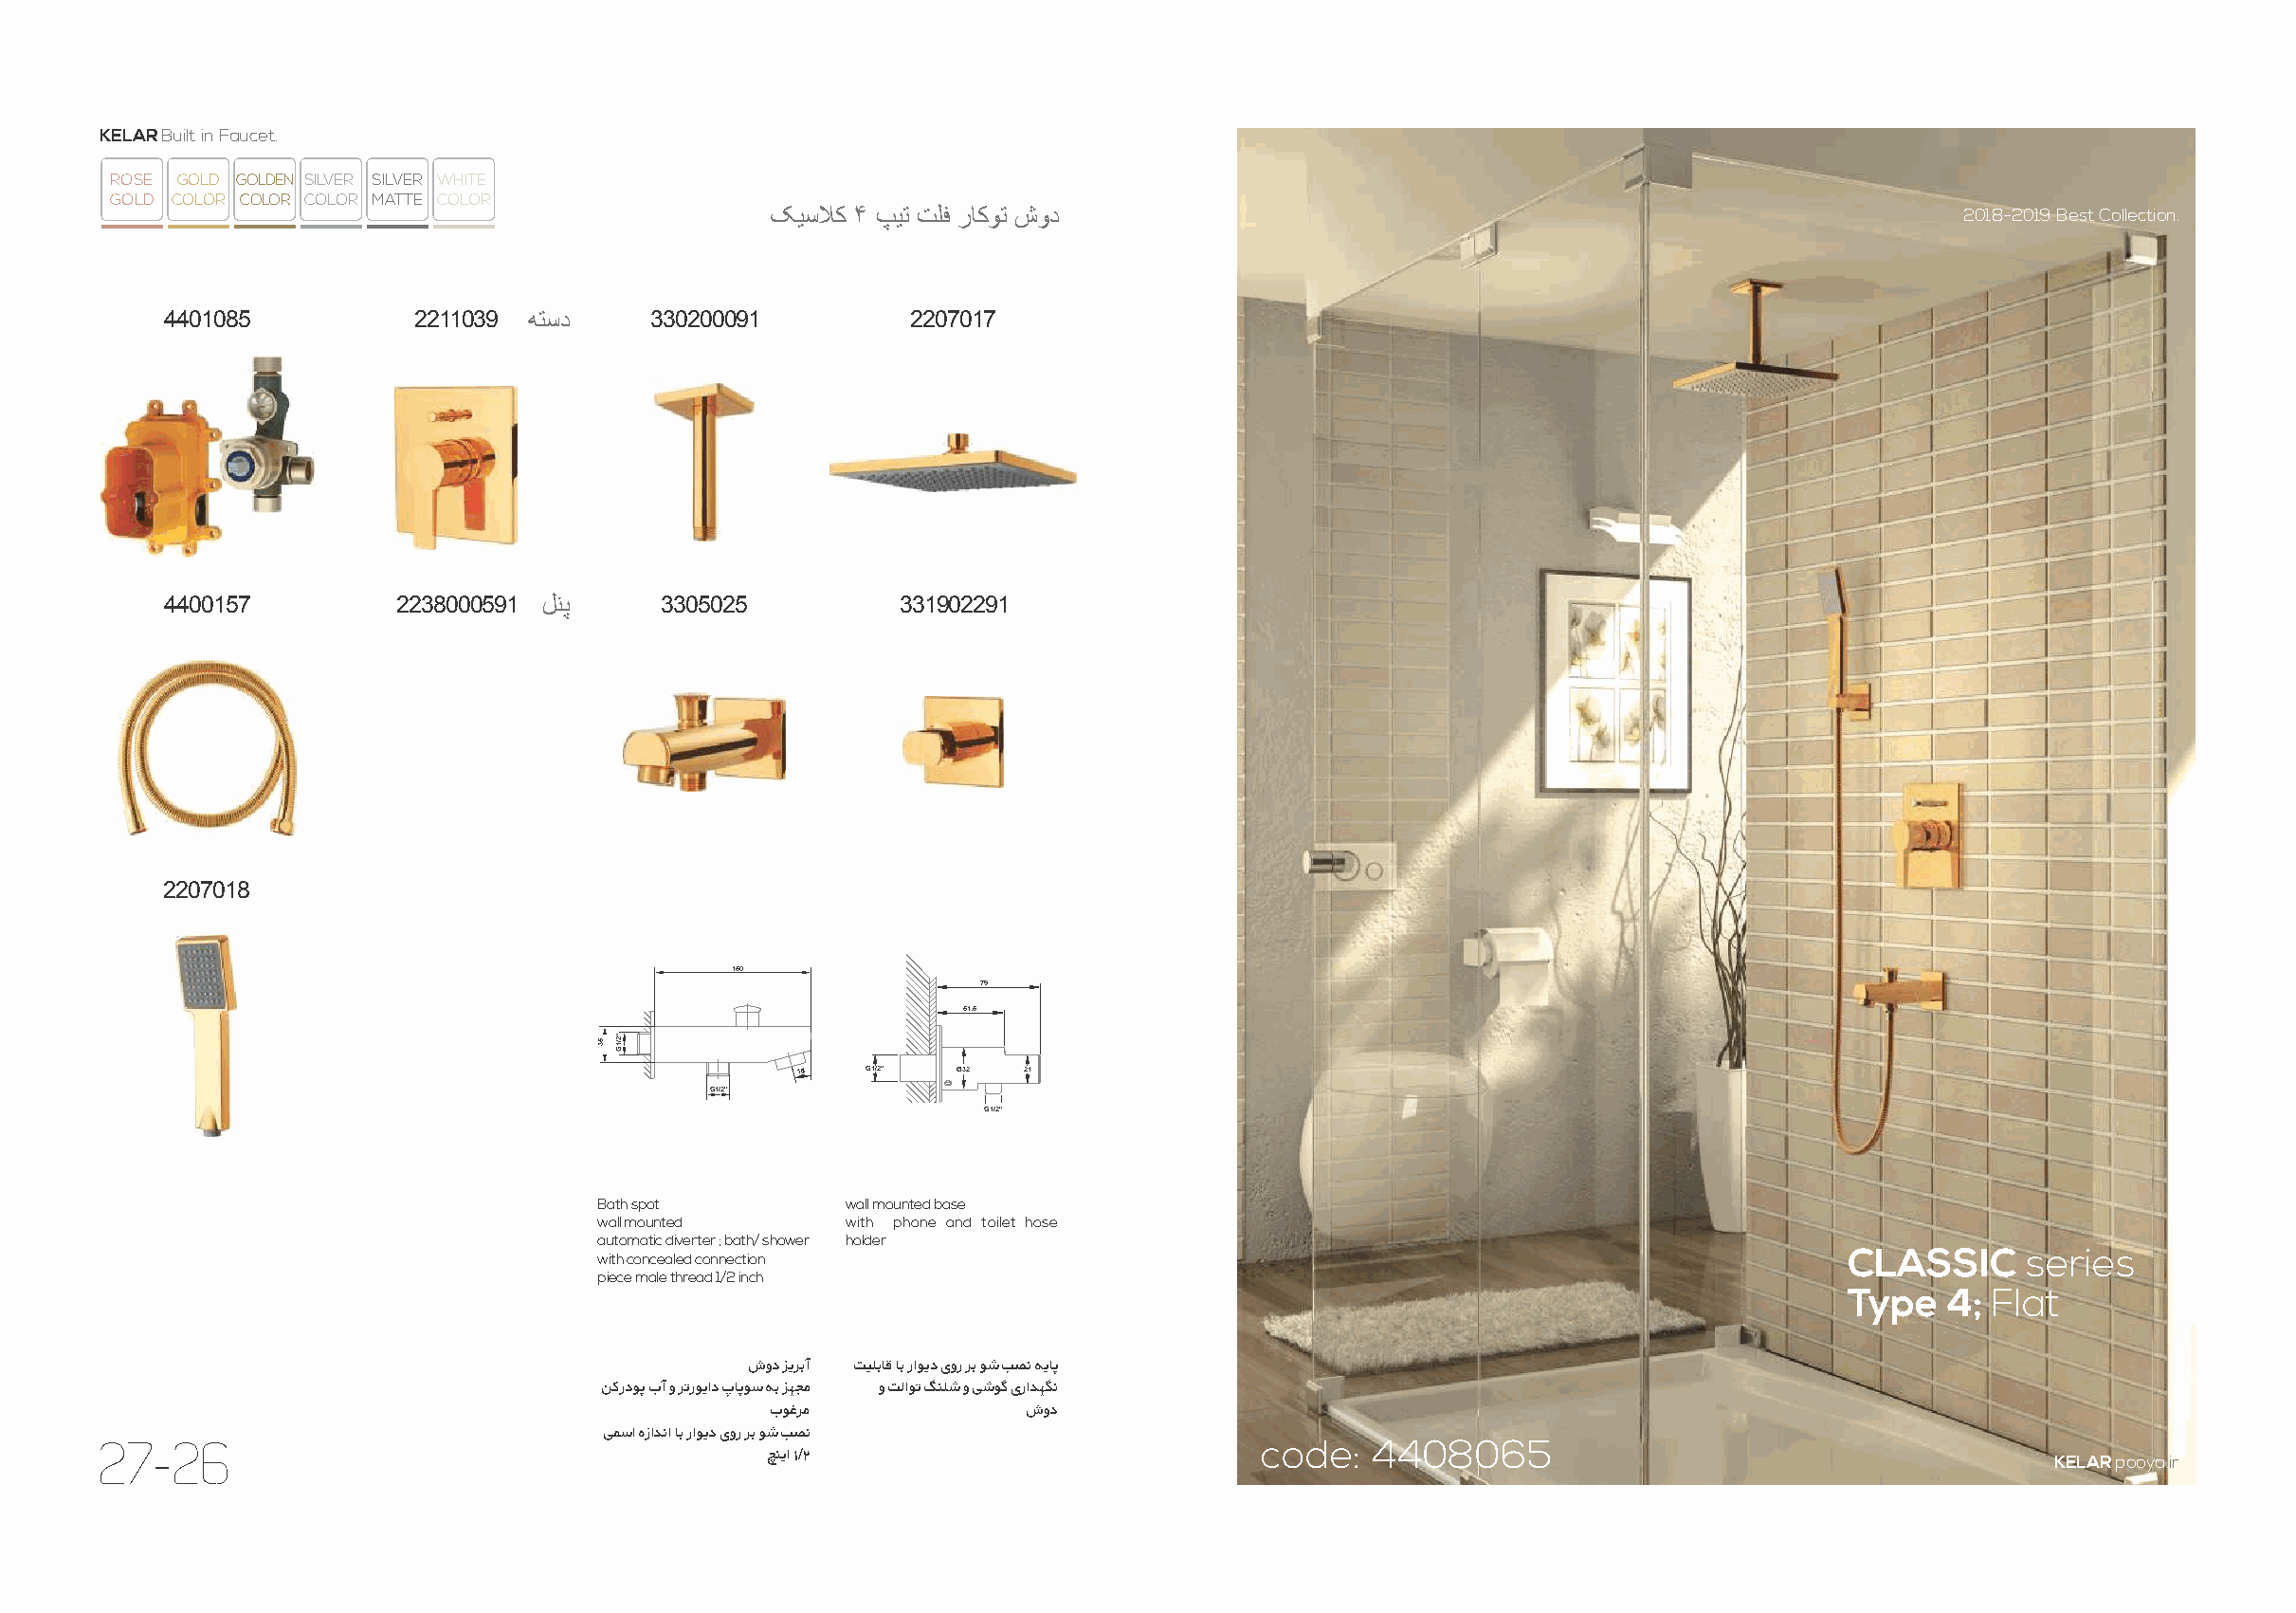
KELAR Built in Faucet.
 ROSE GOLD GOLDEN SILVER SILVER WHITE
 GOLD COLOR COLOR COLOR MATTE COLOR
 ﮏﯾﺳﻼﮐ ۴ پﯾﺗ تﻠﻓ رﺎﮐوﺗ شود                                                          2018-2019 Best Collection.
 4401085           2211039 ﮫﺗﺳد    330200091          2207017
 4400157          2238000591 لﻧﭘ    3305025          331902291
 2207018
 150
 79
 51.5
 15  G1/2”  Ø32 21
 G1/2”
 G1/2”
 Bath spot        wall mounted base
 wall mounted     with phone and toilet hose
 automatic diverter ; bath/ shower holder
 with concealed connection                                                              CLASSIC     series
 piece male thread 1/2 inch
 Type   4; Flat
 شود ﺰﯾﺮﺑآ ﺖﯿﻠﺑﺎﻗ ﺎﺑ راﻮﯾد یور ﺮﺑ ﻮﺷ ﺐﺼﻧ ﻪﯾﺎﭘ
 ﻦﮐردﻮﭘ بآ و ﺮﺗرﻮﯾاد پﺎﭘﻮﺳ ﻪﺑ ﺰﻬﺠﻣ و ﺖﻟاﻮﺗ ﮓﻨﻠﺷ و ﯽﺷﻮﮔ یراﺪﻬﮕﻧ
 بﻮﻏﺮﻣ             شود
 ﯽﻤﺳا هزاﺪﻧا ﺎﺑ راﻮﯾد یور ﺮﺑ ﻮﺷ ﺐﺼﻧ
 27-26                                                                            code:   4408065
 ﭻﻨﯾا ١/٢                                                                                 KELAR pooya.ir
 53 ”2/1G